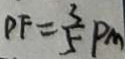
P F = \frac { 3 } { 5 } P M